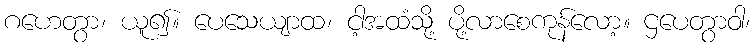
ဂဟေတွာ၊ ယူ၍။ ပေသေယျာထ၊ ငါ့အထံသို့ ပို့လာစေကုန်လော့။ ဌပေတွာဝါ၊